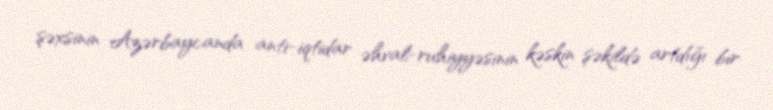
şəxsinin Azərbaycanda anti-iqtidar əhval-ruhiyyəsinin kəskin şəkildə artdığı bir